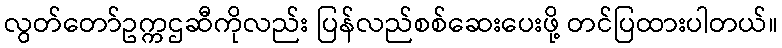
လွတ်တော်ဥက္ကဌဆီကိုလည်း ပြန်လည်စစ်ဆေးပေးဖို့ တင်ပြထားပါတယ်။